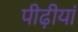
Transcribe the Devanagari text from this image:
पीढ़ीयां